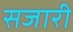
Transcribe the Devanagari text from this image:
सजारी